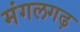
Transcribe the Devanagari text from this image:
मंगलगढ़